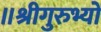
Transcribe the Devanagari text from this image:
॥श्रीगुरुभ्यो